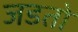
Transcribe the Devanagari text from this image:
जडतो